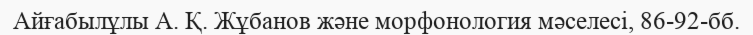
Айғабылұлы А. Қ. Жұбанов және морфонология мәселесі, 86-92-бб.